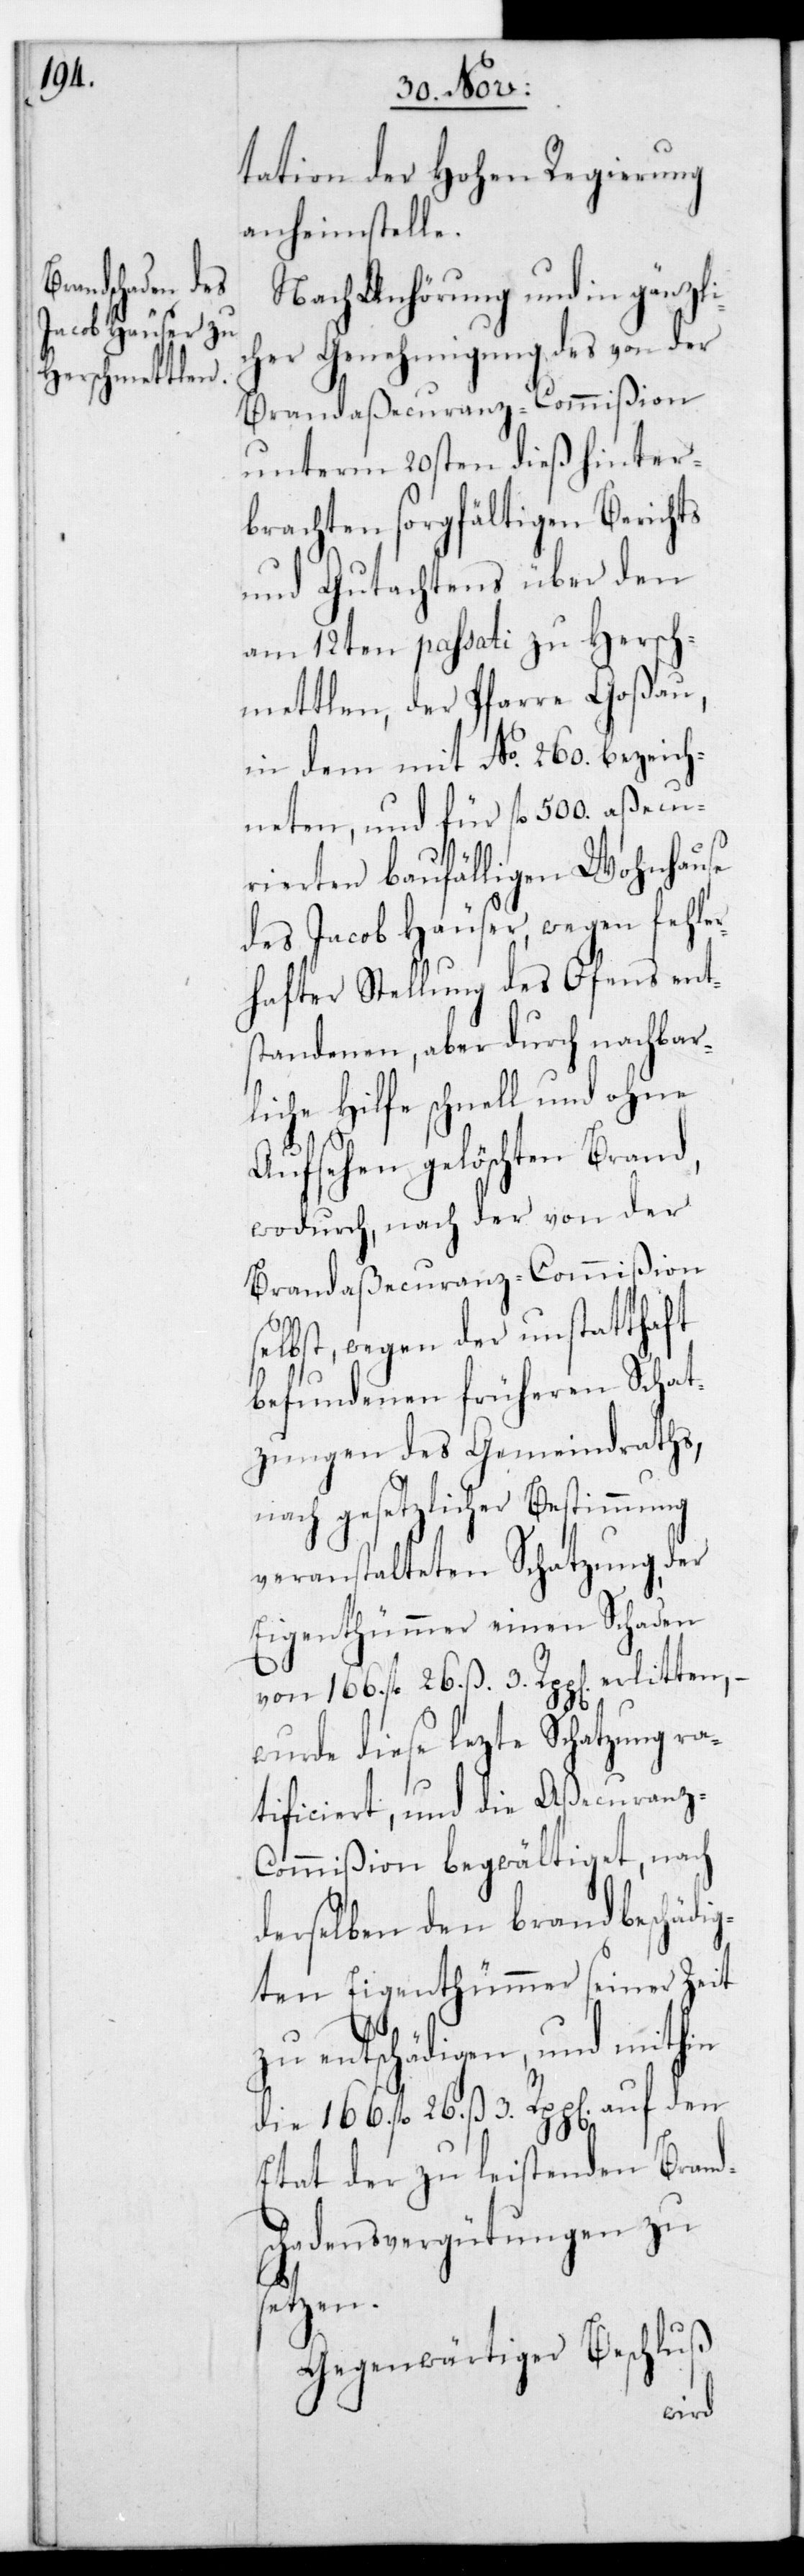
tation der Hohen Regierung
anheimstelle.
Nach Anhörung und in gänzli¬
cher Genehmigung des von der
Brandaßecuranz-Commißion
unterm 20sten dieß hinter¬
brachten sorgfältigen Berichts
und Gutachtens über den
am 12ten passati zu Hersch¬
mettlen, der Pfarre Goßau,
in dem mit No 260. bezeich¬
neten, und für fl. 500. aßecu¬
rierten baufälligen Wohnhause
des Jacob Häuser, wegen fehle¬
rhafter Stellung des Ofens ent¬
standenen, aber durch nachbar¬
liche Hilfe schnell und ohne
Aufsehen gelöschten Brand,
wodurch, nach der von der
Brandaßecuranz-Commißion
selbst, wegen der unstatthaft
befundenen früheren Schat¬
zungen des Gemeindraths,
nach gesetzlicher Bestimmung
veranstalteten Schatzung der
Eigenthümer einen Schaden
von 166. fl. 26 ß 3. Rpp[en] erlitten, –
wurde diese lezte Schatzung ra¬
tificiert, und die Aßecuranz-C¬
ommißion begwältiget, nach
derselben den brandbeschädi¬
gten Eigenthümer seiner Zeit
entschädigen, und mithin
die 166 fl. 26 ß 3 Rappen auf den
Etat der zu leistenden Brands¬
chadensvergütungen zu
setzen.
Gegenwärtiger Beschluß